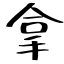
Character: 拿